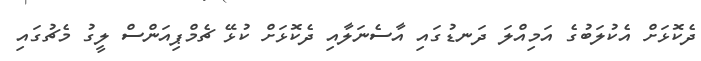
ދެކޮޅަށް އެކުލަބުގެ އަމިއްލަ ދަނޑުގައި އާސެނަލާއި ދެކޮޅަށް ކުޅޭ ޗެމްޕިއަންސް ލީގު މެޗުގައި